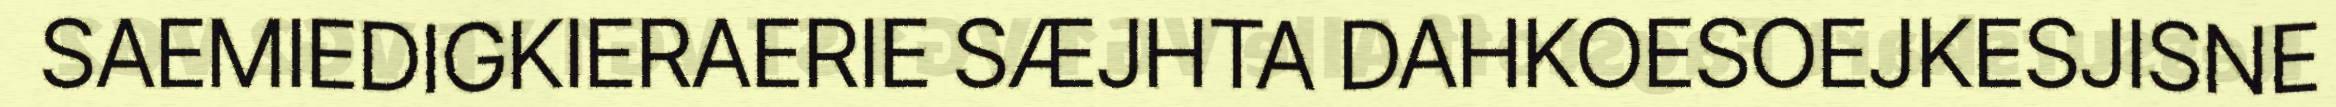
SAEMIEDIGKIERAERIE SÆJHTA DAHKOESOEJKESJISNE